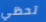
تحظي